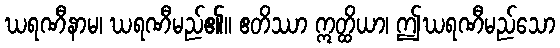
ဃရဏီနာမ၊ ဃရဏီမည်၏။ ဧတိဿာ ဣတ္ထိယာ၊ ဤဃရဏီမည်သော